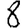
Digit: 8